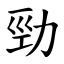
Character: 勁